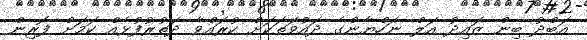
އަބްދު ބިން ޒައިދު އަލް ނަހްޔާންގެ ދައުވަތަކަށް ކުރައްވާ ދަތުރުފުޅެއް ކަމަށް ފޮރިން